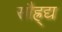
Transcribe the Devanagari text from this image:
सौह्र्द्य